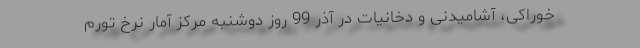
خوراكی، آشاميدنی و دخانيات در آذر 99 روز دوشنبه مركز آمار نرخ تورم